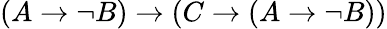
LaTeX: (A\to\lnot B)\to(C\to(A\to\lnot B))